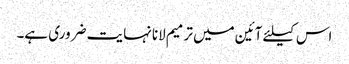
اس کیلئے آئین میں ترمیم لانا نہایت ضروری ہے۔